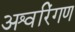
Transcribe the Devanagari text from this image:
अश्वरिंगण